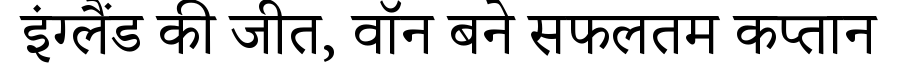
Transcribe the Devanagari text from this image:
इंग्लैंड की जीत, वॉन बने सफलतम कप्तान